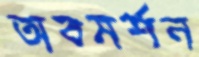
অবমর্শন